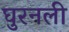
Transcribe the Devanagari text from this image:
घुरनली